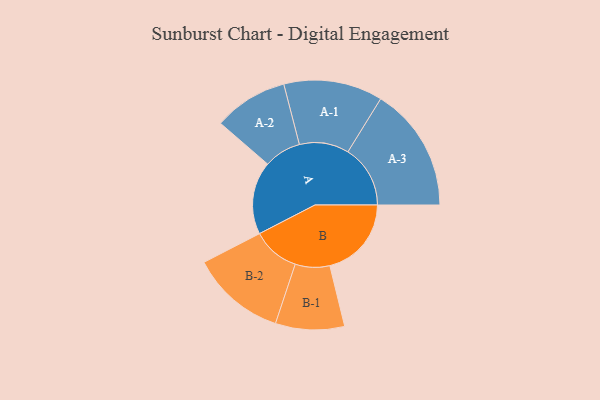
{"axis": {"x": "Segment", "y": "Value"}, "legend": ["", "A", "B"], "data": [{"x": "A", "y": 277, "type": ""}, {"x": "B", "y": 310, "type": ""}, {"x": "A-1", "y": 188, "type": "A"}, {"x": "A-2", "y": 141, "type": "A"}, {"x": "A-3", "y": 237, "type": "A"}, {"x": "B-1", "y": 131, "type": "B"}, {"x": "B-2", "y": 180, "type": "B"}]}